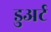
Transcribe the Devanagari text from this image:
डुअर्ट